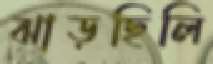
ঝাড়ছিলি